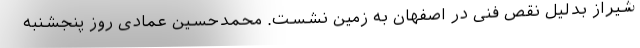
شیراز بدلیل نقص فنی در اصفهان به زمین نشست. محمدحسین عمادی روز پنجشنبه